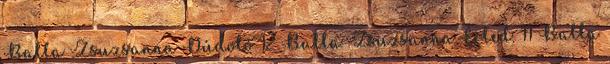
Balla Zsuzsanna Dúdoló 12 Balla Zsuzsanna Érted. 11 Balla